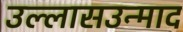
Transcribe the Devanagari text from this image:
उल्लासउन्माद